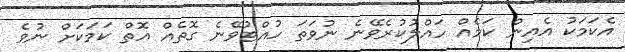
އެކަމަކު އެއިން ކަމެއް ހައްލުކުރެވޭނެ ނުވަތަ ހުއްޓުވޭނެ ގޮތެއް އޮތް ކަމަކަށް ނުވެ